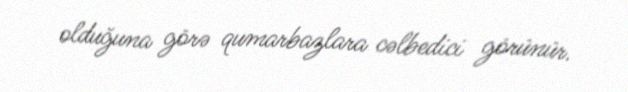
olduğuna görə qumarbazlara cəlbedici görünür.